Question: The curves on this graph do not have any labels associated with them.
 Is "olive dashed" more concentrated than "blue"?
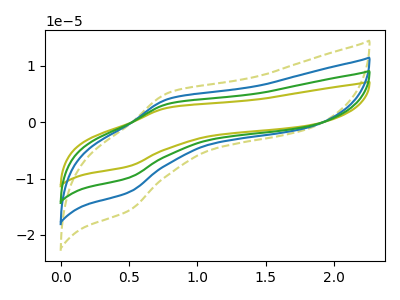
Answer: <think>The olive curve "olive" has an anodic peak at (0.80V, 12.45uA) and a cathodic peak at (0.50V, -37.30uA). The olive dashed curve "olive dashed" has an anodic peak at (0.80V, 5.25uA) and a cathodic peak at (0.50V, -15.70uA). The blue curve "blue" has an anodic peak at (0.80V, 4.15uA) and a cathodic peak at (0.50V, -12.45uA). The green curve "green" has an anodic peak at (0.80V, 8.30uA) and a cathodic peak at (0.50V, -24.85uA).
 All the peaks in "olive dashed" have a peak in "blue" at the same potential. Every peak in "olive dashed" is higher than every peak in "blue".</think>
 <answer>"olive dashed" has more signal than "blue" and so likely has a higher concentration.</answer>
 <eval>more_concentration</eval>